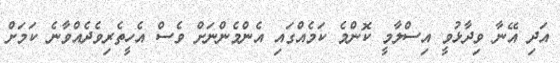
އަދި އޭނާ ވިދާޅުވީ އިސްލާމީ ކޮންމެ ކަމެއްގައި އެންމެންނަށް ވެސް އެހީތެރިވެދެއްވާނެ ކަމަށް